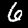
Label: 6